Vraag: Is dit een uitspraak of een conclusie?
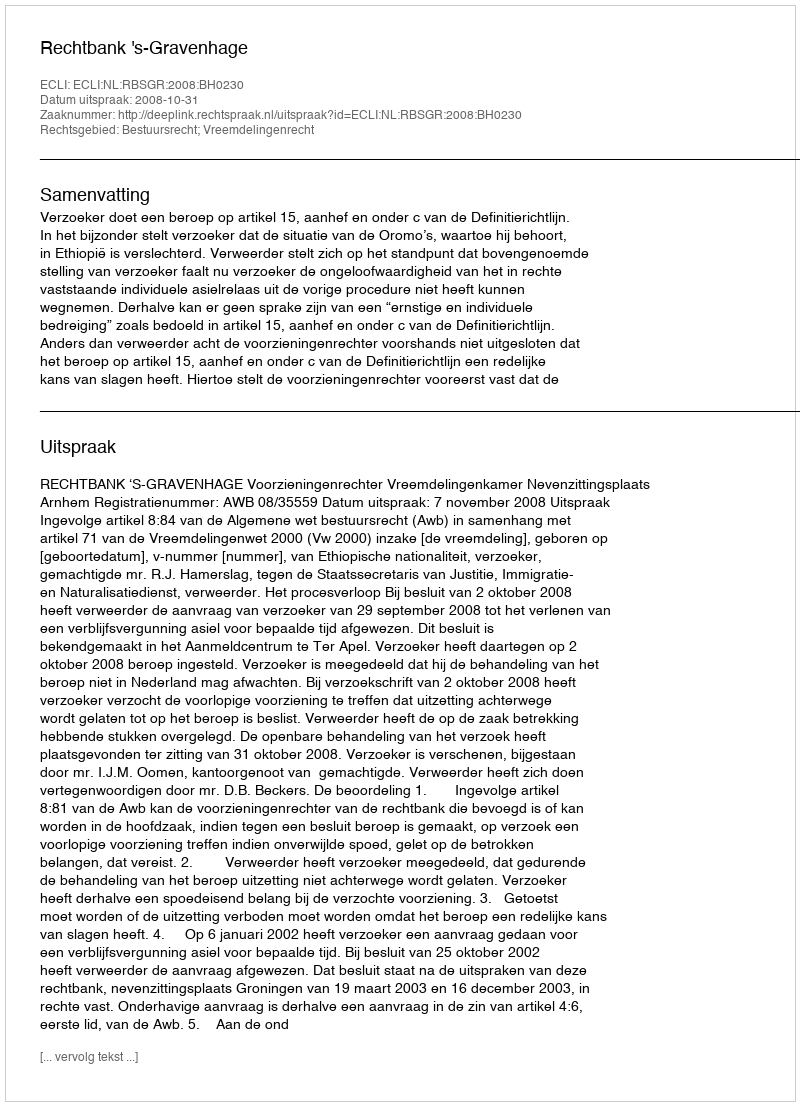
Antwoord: Uitspraak